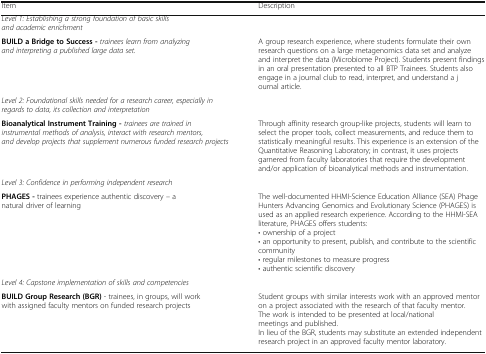
<table><thead><tr><td><b>Item</b></td><td><b>Description</b></td></tr></thead><tbody><tr><td colspan="2"><i>Level 1: Establishing a strong foundation of basic skills and academic enrichment</i></td></tr><tr><td><b>BUILD a Bridge to Success -</b><i>trainees learn from analyzing and interpreting a published large data set.</i></td><td>A group research experience, where students formulate their own research questions on a large metagenomics data set and analyze and interpret the data (Microbiome Project). Students present findings in an oral presentation presented to all BTP Trainees. Students also engage in a journal club to read, interpret, and understand a journal article.</td></tr><tr><td colspan="2"><i>Level 2: Foundational skills needed for a research career, especially in regards to data, its collection and interpretation</i></td></tr><tr><td><b>Bioanalytical Instrument Training -</b><i>trainees are trained in instrumental methods of analysis, interact with research mentors, and develop projects that supplement numerous funded research projects</i></td><td>Through affinity research group-like projects, students will learn to select the proper tools, collect measurements, and reduce them to statistically meaningful results. This experience is an extension of the Quantitative Reasoning Laboratory; in contrast, it uses projects garnered from faculty laboratories that require the development and/or application of bioanalytical methods and instrumentation.</td></tr><tr><td colspan="2"><i>Level 3: Confidence in performing independent research</i></td></tr><tr><td><b>PHAGES -</b> trainees experience authentic discovery – a natural driver of learning</td><td>The well-documented HHMI-Science Education Alliance (SEA) Phage Hunters Advancing Genomics and Evolutionary Science (PHAGES) is used as an applied research experience. According to the HHMI-SEA literature, PHAGES offers students:• ownership of a project• an opportunity to present, publish, and contribute to the scientific community• regular milestones to measure progress• authentic scientific discovery</td></tr><tr><td colspan="2"><i>Level 4: Capstone implementation of skills and competencies</i></td></tr><tr><td><b>BUILD Group Research (BGR)</b> - trainees, in groups, will work with assigned faculty mentors on funded research projects</td><td>Student groups with similar interests work with an approved mentor on a project associated with the research of that faculty mentor. The work is intended to be presented at local/national meetings and published.In lieu of the BGR, students may substitute an extended independent research project in an approved faculty mentor laboratory.</td></tr></tbody></table>